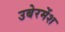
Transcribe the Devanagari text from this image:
उबेरमेंश